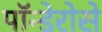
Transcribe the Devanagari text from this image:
पॉन्डेरोसे